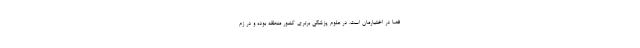
فضا در اختیارمان است. در علوم پزشکی برتری کشور منطقه بوده و در زم